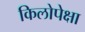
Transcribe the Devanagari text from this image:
किलोपेक्षा